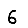
Digit: 6